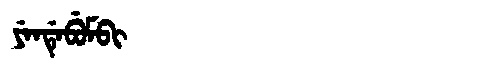
Manchu: ᠶᡝᠨᡩᡝᠪᡠᠮᠪᡳ
Romanization: YENDEBUMBI